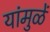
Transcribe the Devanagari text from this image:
यांमुळें